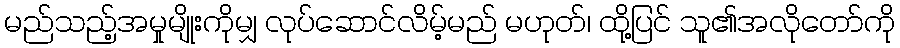
မည်သည့်အမှုမျိုးကိုမျှ လုပ်ဆောင်လိမ့်မည် မဟုတ်၊ ထို့ပြင် သူ၏အလိုတော်ကို